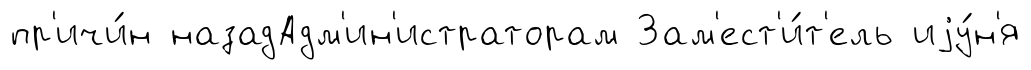
пр'ичи́н назадАдм'ин'истраторам Зам'ест'и́т'ель иjу́н'я